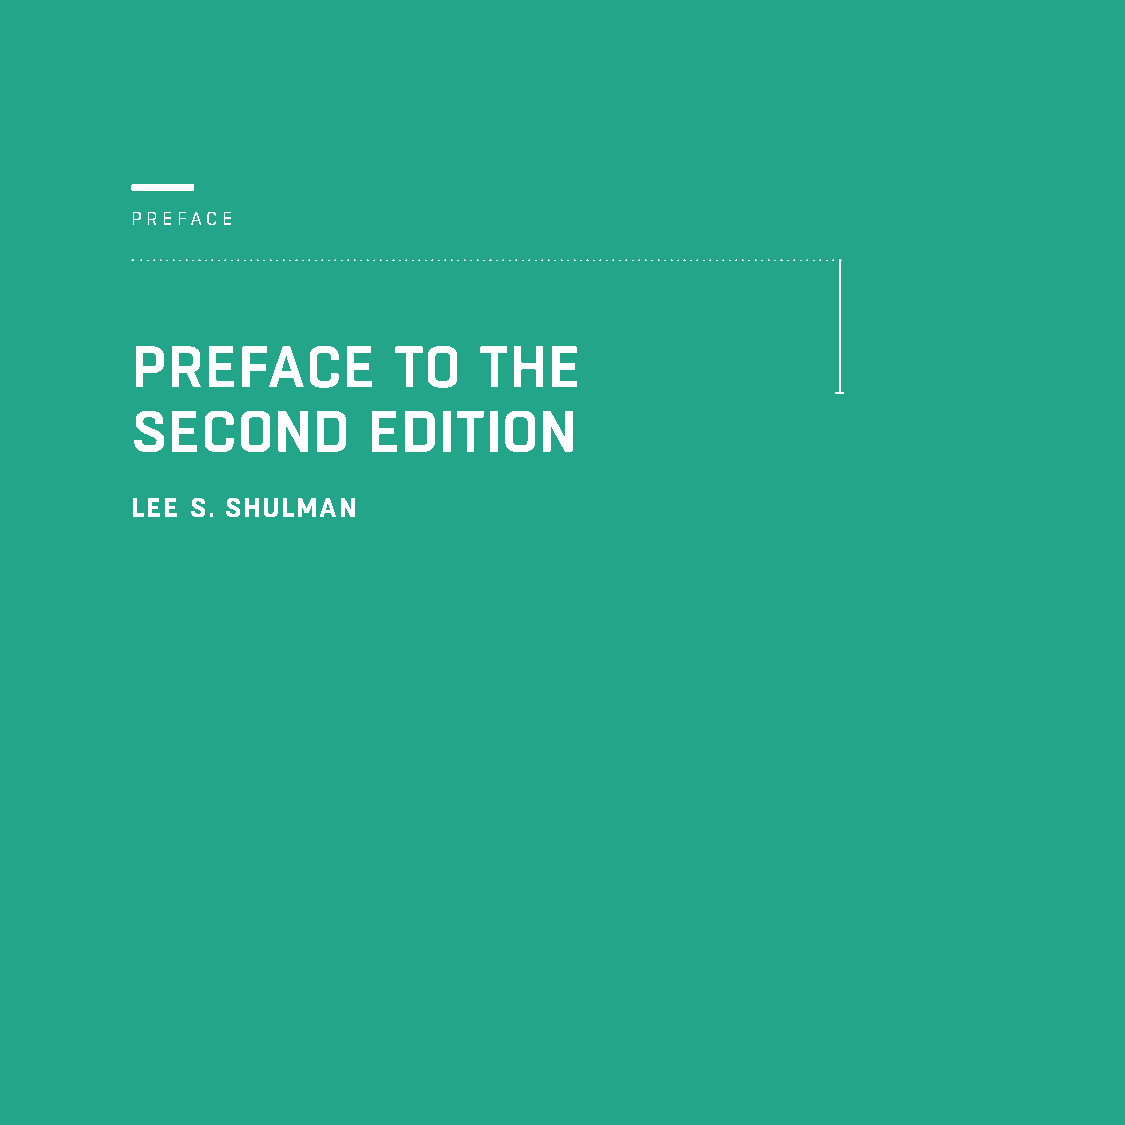
PREFACE
 PREFACE          TO    THE
 SECOND         EDITION
 LEE S. SHULMAN